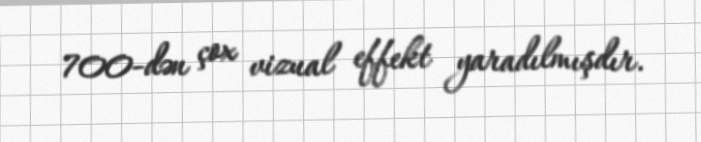
700-dən çox vizual effekt yaradılmışdır.